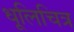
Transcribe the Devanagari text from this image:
धूलिचित्र